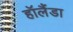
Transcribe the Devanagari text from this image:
हॉलैंडा